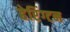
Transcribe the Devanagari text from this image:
हेरिंग्टन